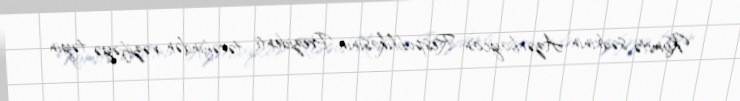
Komitə sədrinin Azərbaycan Respublikasının Prezidenti tərəfindən vəzifəyə təyin